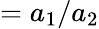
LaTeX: =a_{1}/a_{2}